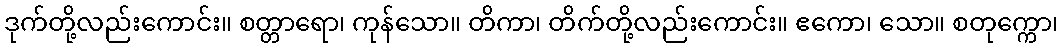
ဒုက်တို့လည်းကောင်း။ စတ္တာရော၊ ကုန်သော။ တိကာ၊ တိက်တို့လည်းကောင်း။ ဧကော၊ သော။ စတုက္ကော၊